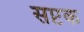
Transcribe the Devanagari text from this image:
सप्टक